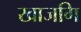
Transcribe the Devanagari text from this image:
खाजगि